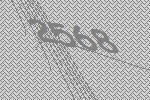
2568